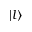
| l \rangle